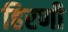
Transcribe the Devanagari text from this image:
हिरणी